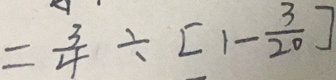
= \frac { 3 } { 4 } \div [ 1 - \frac { 3 } { 2 0 } ]